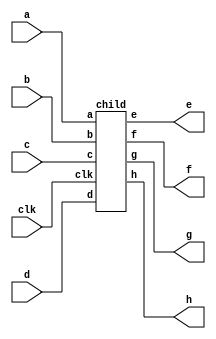
module top
  (
   // Outputs
   e, f, g, h,
   // Inputs
   clk, a, b, c, d
   );

  input                 clk;
  input                 a, b, c, d;
  output                e, f, g, h;

  child child
    (/*AUTOINST*/
     // Outputs
     .e					(e),
     .f					(f),
     .g					(g),
     .h					(h),
     // Inputs
     .clk				(clk),
     .a					(a),
     .b					(b),
     .c					(c),
     .d					(d));
endmodule // top

module child(
  // Outputs
  e, f, g, h,
  // Inputs
  clk, a, b, c, d
  );

  input                 clk;
  input                 a, b, c, d;
  output                e, f, g, h;

  reg			e;
  reg			f;
  reg			g;
  reg			h;

  always @ (posedge clk) e <= a;
  always @ (posedge clk) f <= b;
  always @ (posedge clk) g <= c;

endmodule // child